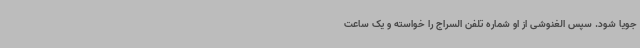
جویا شود. سپس الغنوشی از او شماره تلفن السراج را خواسته و یک ساعت